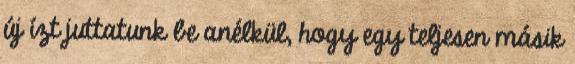
új ízt juttatunk be anélkül, hogy egy teljesen másik